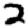
Digit: 2